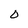
Character: 0